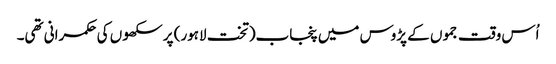
اُس وقت جموں کے پڑوس میں پنجاب(تخت لاہور) پر سکھوں کی حکمرانی تھی۔